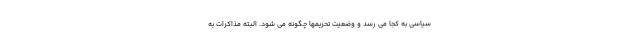
سیاسی به کجا می رسد و وضعیت تحریمها چگونه می شود. البته مذاکرات به